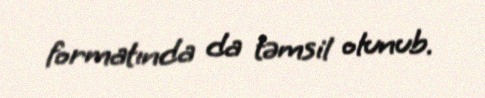
formatında da təmsil olunub.